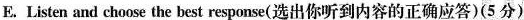
E.Listen and choose the best response(选出你听到内容的正确应答)(5分)